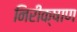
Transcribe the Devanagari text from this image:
निरीक्षाण